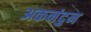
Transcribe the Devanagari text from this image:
अकनंदुन